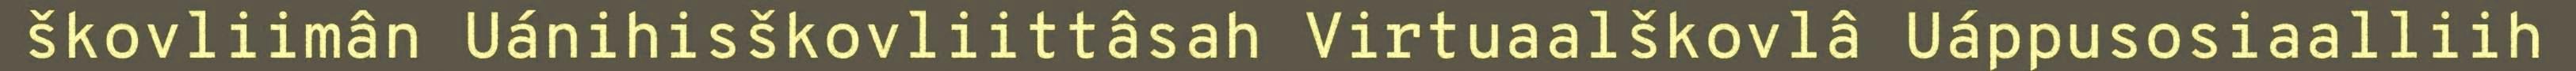
škovliimân Uánihisškovliittâsah Virtuaalškovlâ Uáppusosiaalliih